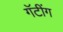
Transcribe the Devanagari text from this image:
गॅटींग